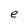
Character: e